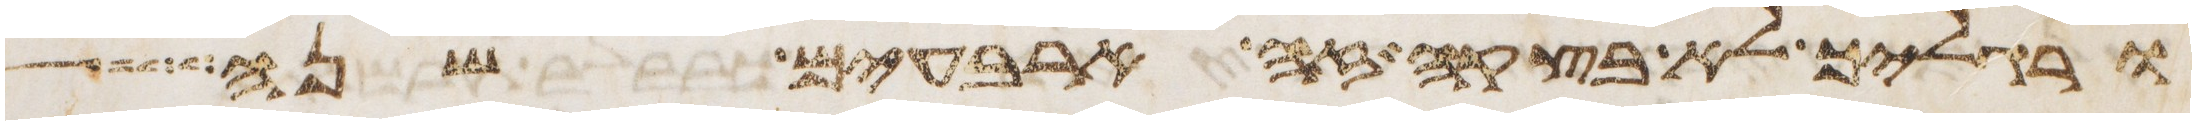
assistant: ורגליך לא בצקה זה ארבעים שנה